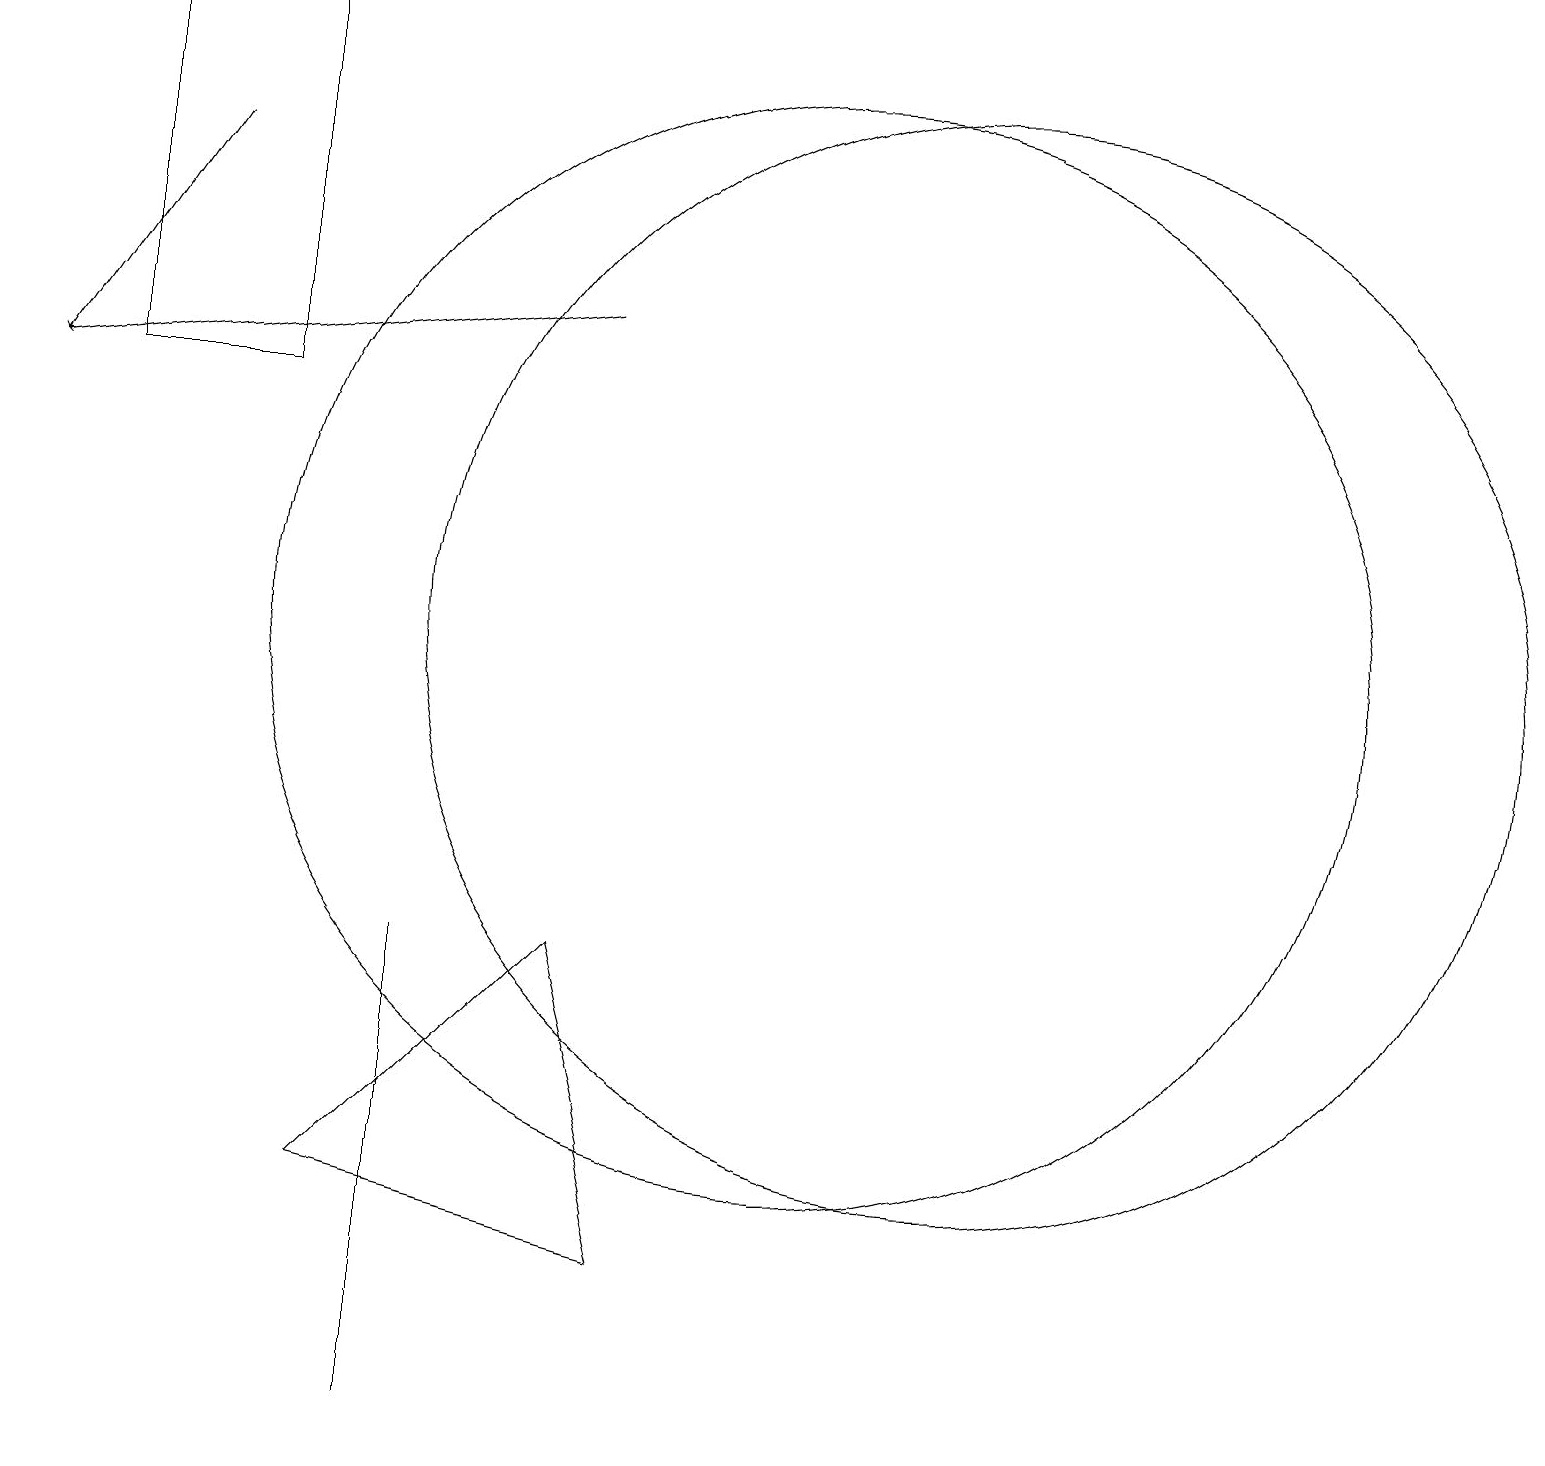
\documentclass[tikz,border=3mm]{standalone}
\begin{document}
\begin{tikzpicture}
\draw[->] (7,15) -- (0,14);
\draw (3,19) rectangle (1,14);
\draw (10,11) circle (7);
\draw (5,1) -- (5,7) -- (5,7) -- cycle;
\draw[->] (2,17) -- (0,14);
\draw (4,4) -- (7,7) -- (8,3) -- cycle;
\draw (12,11) circle (7);
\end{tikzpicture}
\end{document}